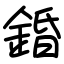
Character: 錉